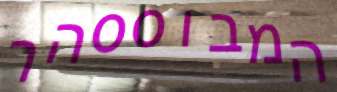
המבוססהר